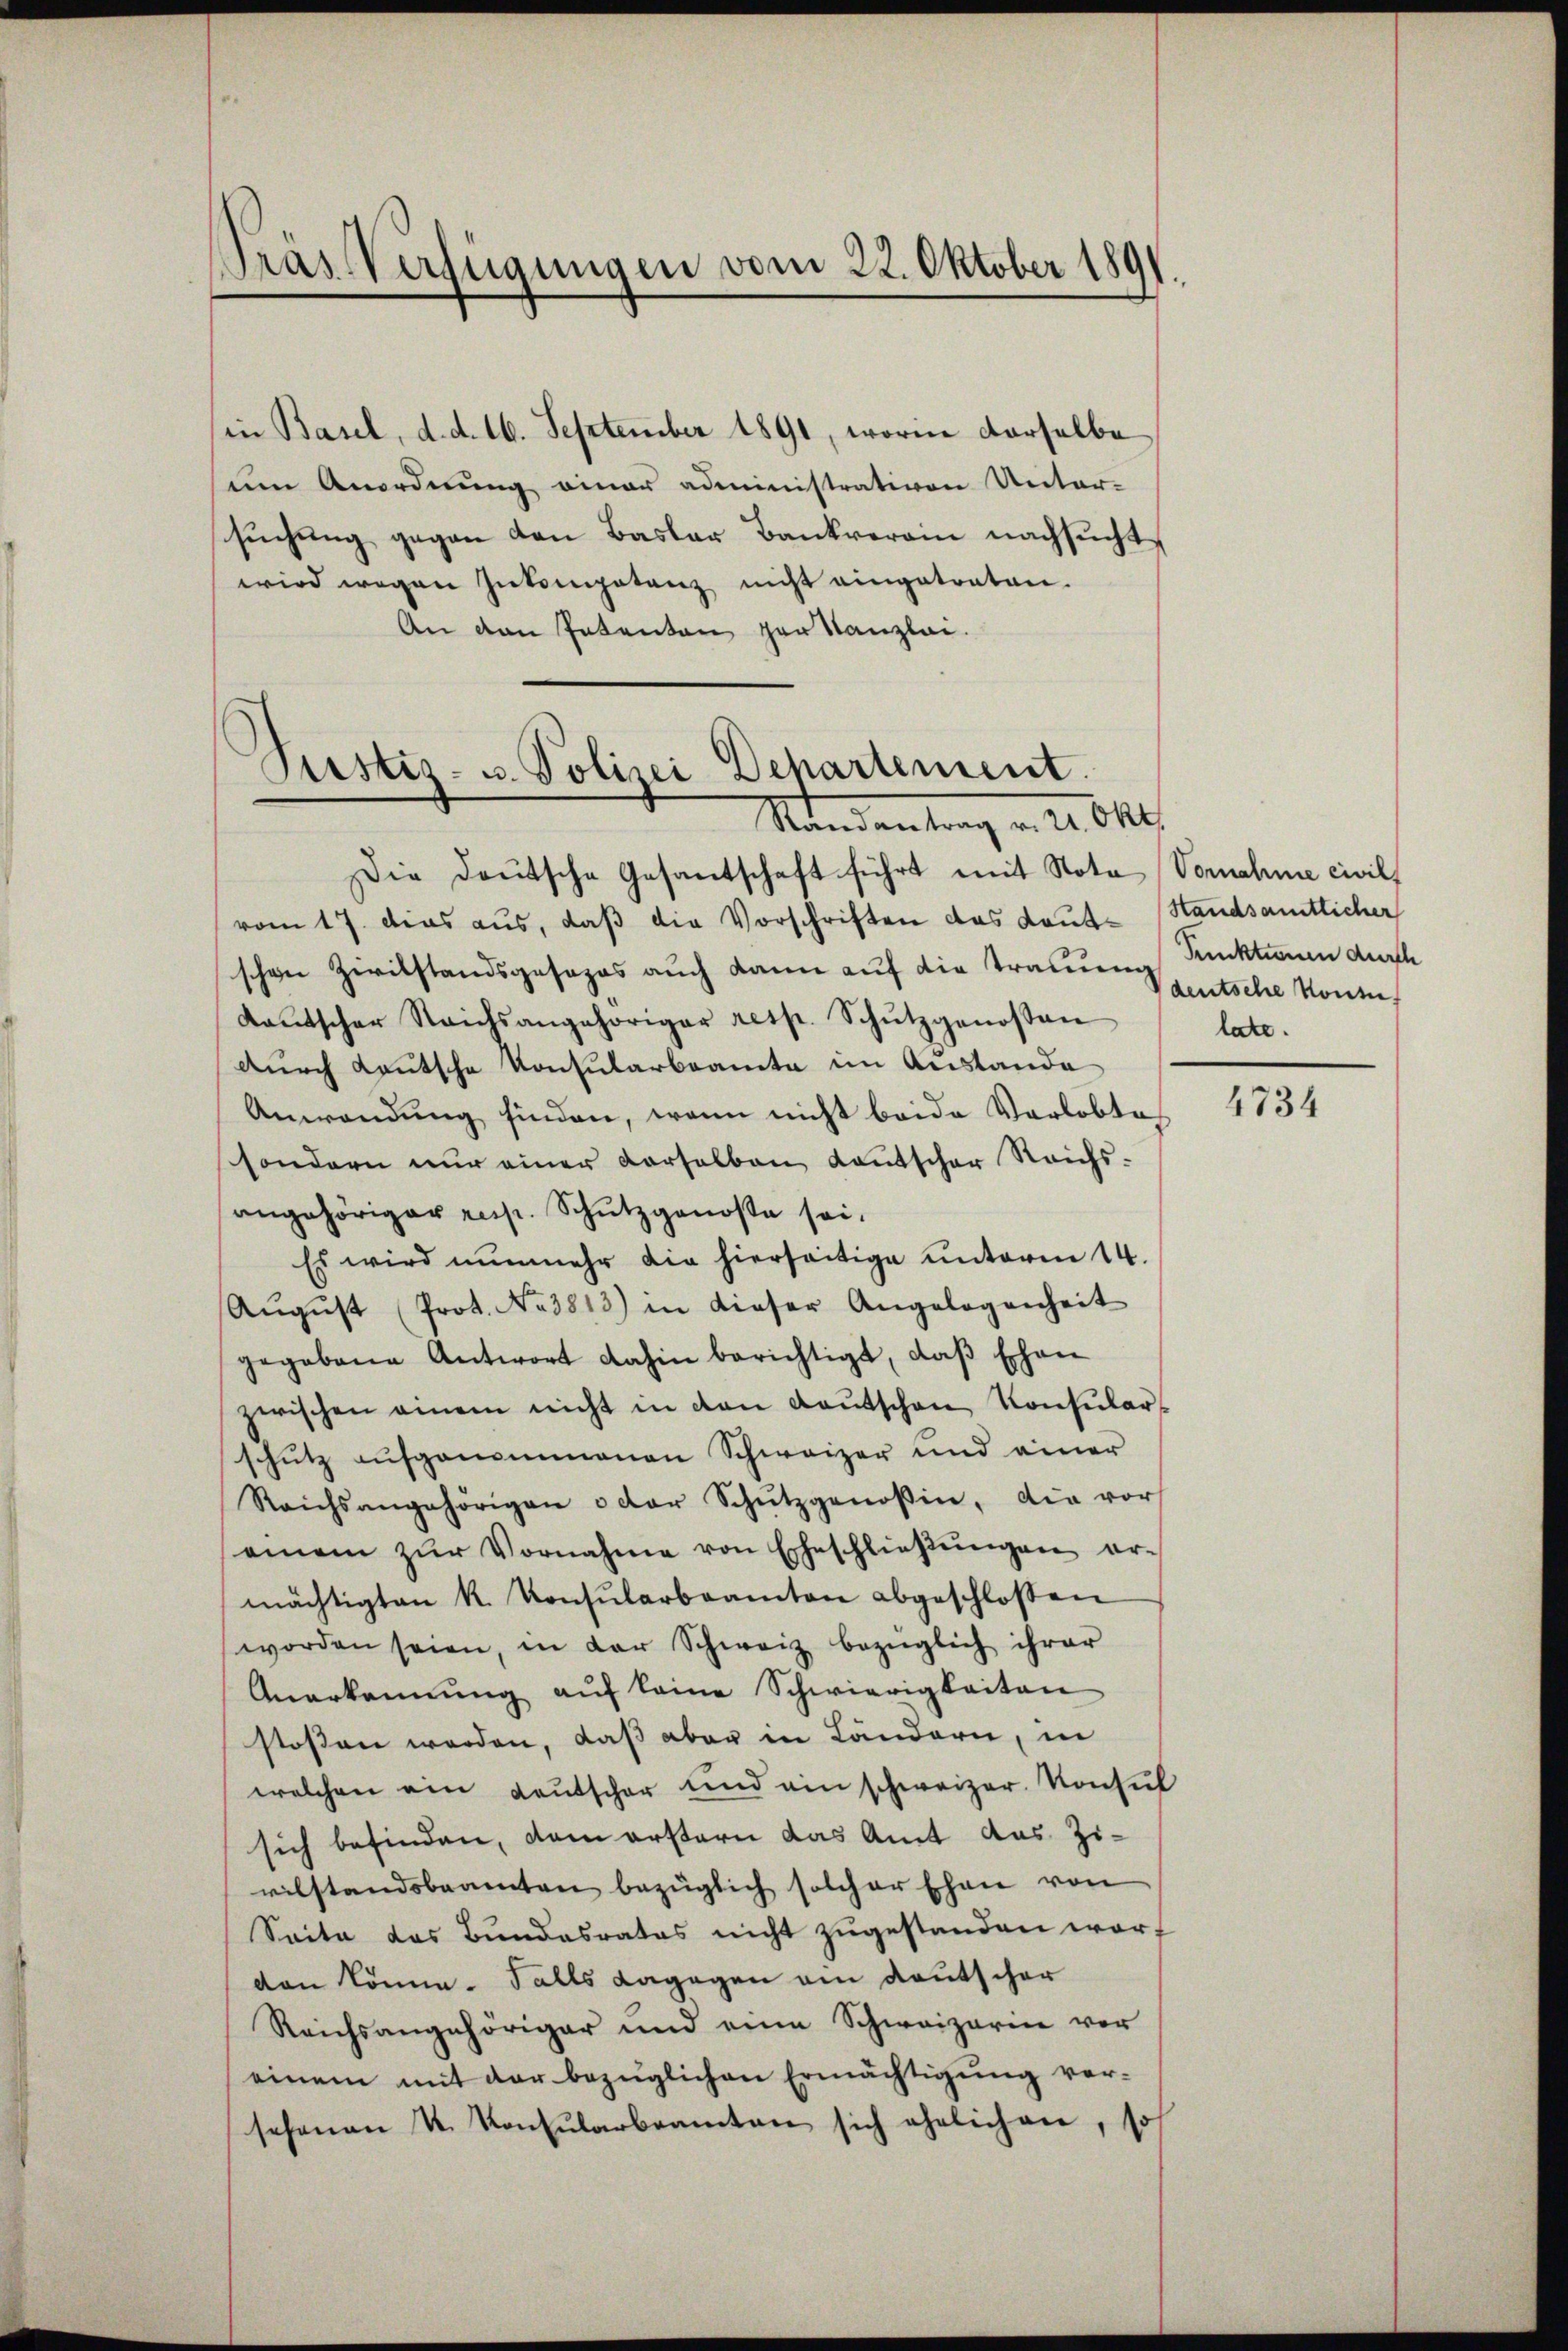
Pras Verfügungen vom 22. Oktober 1891.

in Basel, d. d. 16. September 1891, worin derselbe
sem Anordnung einau administrativen Unter-
suchung gegen den Basler Bankverein nachsucht,
wird wegen Inkompetenz nicht eingetreten.
An den Intenten der Kanzlei.

Justiz- u. Polizei Dehartement
Randantrag v. 21. Okt.

Die Deutsche Gesantschaft führt mit Nota Vornahme civil
vom 17. dies aus, daß die Vorschriften das Laut Standsamtlicher
schen Zivilstandsgesezes auch kann auf die trauung Punkten durch
Kaŭtscher Reichsangehöriger resp. Schŭtzgenossen
durch Lautsche Konsularbeamte im Austande
Anwendung finden, wenn nicht beide Vorlobte
sondern nur einer derselben Kautscher Reichsangehöriger resp. Schutzgenosse sei.
Es wird nunmehr die hierseitige unterm 14.
Aŭgŭst Prot. No 3813) in dieser Angelegenheit
gegebene Antwort dahin berichtigt, daß Ehen
zwischen einem nicht in den Kaŭtschen Konsular-
schütz aŭfgenommenen Schweizer und einer
Reichsangehörigen oder Schŭtzgenossin, die vor
einem zŭr Vornahme von Eheschließungen er-
mächtigten k. Konsŭlarbeamten abgeschlossen
worden seien, in der Schweiz bezüglich ihrer
Anerkennung aŭf keine Schwierigkeiten
stossen werden, daß aber in Ländern, in
welchen ein Leŭtscher und ein schweizer. Konsul
sich befinden, dem erstern das Amt das Zivilstandsbeamten bezüglich solcher Ehen von
Seite das Bundesrates nicht zugestanden worden könne. Falls dagegen ein deutscher
Reichsangehöriger und eine Schweizerin vor
einem mit der bezüglichen Ermächtigung versehenen u. Konsŭlarbeamten sich ehelichen, so

deutsche Konsu
late.

4734